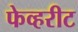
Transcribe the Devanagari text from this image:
फेव्हरीट